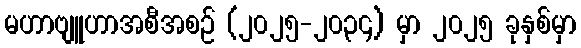
မဟာဗျူဟာအစီအစဉ် (၂၀၂၅-၂၀၃၄) မှာ ၂၀၂၅ ခုနှစ်မှာ